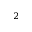
_ 2